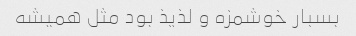
بسبار خوشمزه و لذیذ بود مثل همیشه